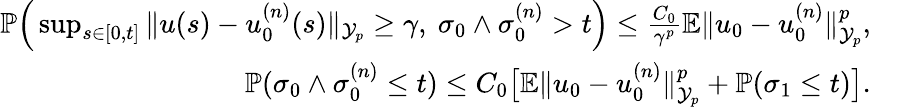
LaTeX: \begin{array}{rl}{{\mathbb P}\Big(\operatorname*{sup}_{s\in[0,t]}\| u(s)-u_{0}^{(n)}(s)\| _{\mathcal{Y}_{p}}\geq\gamma,\ \sigma_{0}\wedge\sigma_{0}^{(n)}>t\Big)\leq\frac{C_{0}}{\gamma^{p}}{\mathbb E}\| u_{0}-u_{0}^{(n)}\| _{\mathcal{Y}_{p}}^{p},}&{}\\ {{\mathbb P}(\sigma_{0}\wedge\sigma_{0}^{(n)}\leq t)\leq C_{0}\big[{\mathbb E}\| u_{0}-u_{0}^{(n)}\| _{\mathcal{Y}_{p}}^{p}+{\mathbb P}(\sigma_{1}\leq t)\big].}&{}\end{array}